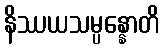
နိဿယသမ္ပန္နောတိ